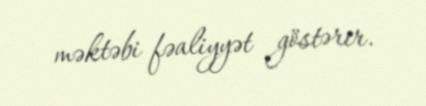
məktəbi fəaliyyət göstərir.